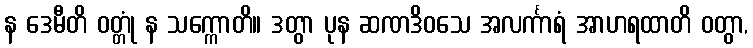
န ဒေမီတိ ဝတ္တုံ န သက္ကောတိ။ ဒတွာ ပုန ဆဏဒိဝသေ အလင်္ကာရံ အာဟရထာတိ ဝတွာ,